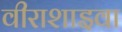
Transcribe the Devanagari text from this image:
वीराशाइवा